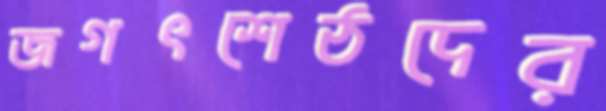
জগৎশেঠদের